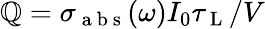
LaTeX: \mathbb{Q}=\sigma_{\mathrm{{~a~b~s~}}}(\omega)I_{0}\tau_{\mathrm{{~L~}}}/V